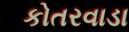
કોતરવાડા